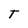
Character: T